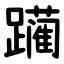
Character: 躏